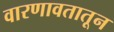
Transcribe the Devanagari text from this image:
वारणावतातून